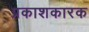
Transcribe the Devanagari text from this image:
प्रकाशकारक